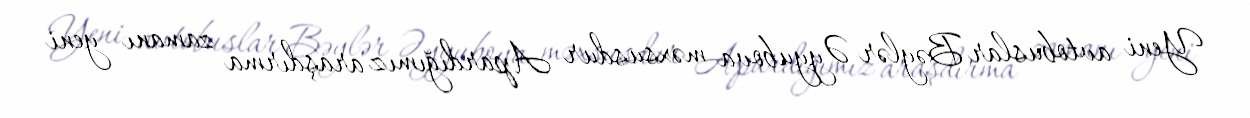
Yeni avtobuslar Bəylər Əyyubova məxsusdur Apardığımız araşdırma zamanı yeni